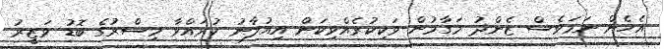
އެހެން ނަމަވެސް ޒެންދު މަގާމުން ވަކިކުރެއްވިކަން އިއުލާނު ކުރައްވާ މިސްރުގެ ބޮޑު ވަޒީރު